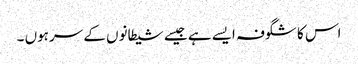
اس کا شگوفہ ایسے ہے جیسے شیطانوں کے سرہوں ۔